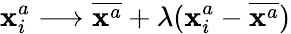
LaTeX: \mathbf{x}_{i}^{a}\longrightarrow\overline{{\mathbf{x}^{a}}}+\lambda(\mathbf{x}_{i}^{a}-\overline{{\mathbf{x}^{a}}})